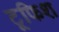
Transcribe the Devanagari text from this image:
टूफिश